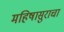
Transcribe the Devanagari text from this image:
महिषासुराचा